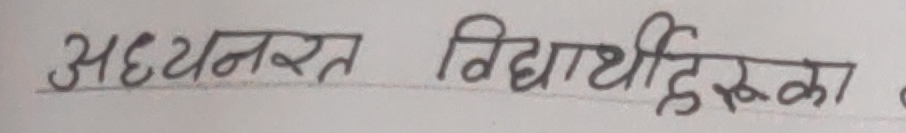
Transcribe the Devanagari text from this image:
अध्ययनरत विद्यार्थीहरूका